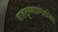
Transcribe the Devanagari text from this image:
दाहतृष्णाप्रमेहजित्‌